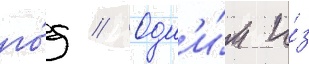
го́д // Одн'и́м и́з